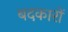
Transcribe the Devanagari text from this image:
बदकारों